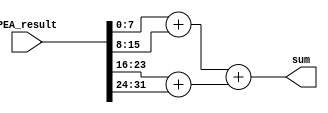
module adder_tree(
	input	[31:0]	PEA_result,
	output	[7:0]	sum
);

wire	[7:0]	channel1;
wire	[7:0]	channel2;
wire	[7:0]	channel3;
wire	[7:0]	channel4;

assign channel1 = PEA_result[7:0];
assign channel2 = PEA_result[15:8];
assign channel3 = PEA_result[23:16];
assign channel4 = PEA_result[31:24];

assign sum = (channel1 + channel2) + (channel3 + channel4);

endmodule